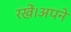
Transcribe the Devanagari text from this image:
रखें।अपने